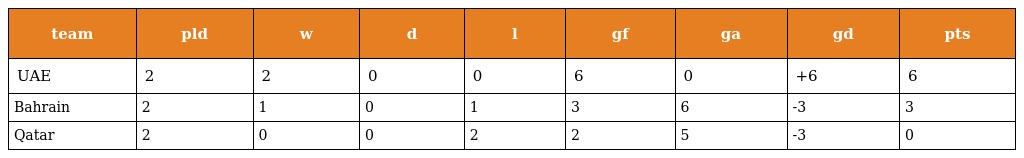
| team | pld | w | d | l | gf | ga | gd | pts |
 | --- | --- | --- | --- | --- | --- | --- | --- | --- |
 | UAE | 2 | 2 | 0 | 0 | 6 | 0 | +6 | 6 |
 | Bahrain | 2 | 1 | 0 | 1 | 3 | 6 | -3 | 3 |
 | Qatar | 2 | 0 | 0 | 2 | 2 | 5 | -3 | 0 |